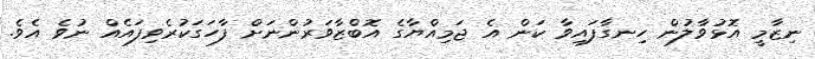
ނިޒާމީ އޮޅުވާލުން ހިނގާފައިވާ ކަން އެ ޖަމިއްޔާގެ އޮބްޒާވަރުންނަށް ފާހަގަކުރެވިފައެއް ނުވެ އެވެ.